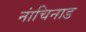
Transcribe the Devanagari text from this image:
नांचिनाड